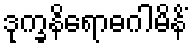
ဒုက္ခနိရောဓဂါမိနိံ